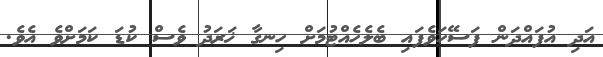
އަދި އުފައްދަން ފަސޭހަވެފައި ބެލެހެއްޓުމަށް ހިނގާ ޚަރަދު ވެސް ކުޑަ ކަމަށްވެ އެވެ.